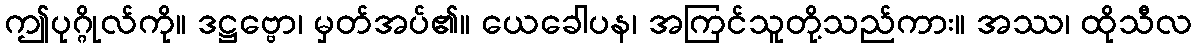
ဤပုဂ္ဂိုလ်ကို။ ဒဋ္ဌဗ္ဗော၊ မှတ်အပ်၏။ ယေခေါပန၊ အကြင်သူတို့သည်ကား။ အဿ၊ ထိုသီလ